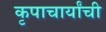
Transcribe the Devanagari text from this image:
कृपाचार्यांची